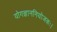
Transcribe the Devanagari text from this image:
योगज्ञाननियोजकः।